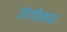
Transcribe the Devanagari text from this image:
जोगीनाथ